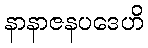
နာနာဇနပဒေဟိ